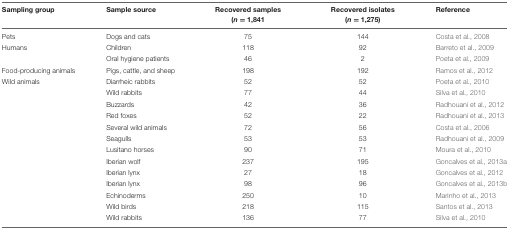
<table><thead><tr><td><b>Sampling group</b></td><td><b>Sample source</b></td><td><b>Recovered samples (<i>n</i> = 1,841</b></td><td><b>Recovered isolates (<i>n</i> = 1,275)</b></td><td><b>Reference</b></td></tr></thead><tbody><tr><td>Pets</td><td>Dogs and cats</td><td>75</td><td>144</td><td>Costa et al., 2008</td></tr><tr><td>Humans</td><td>Children</td><td>118</td><td>92</td><td>Barreto et al., 2009</td></tr><tr><td></td><td>Oral hygiene patients</td><td>46</td><td>2</td><td>Poeta et al., 2009</td></tr><tr><td>Food-producing animals</td><td>Pigs, cattle, and sheep</td><td>198</td><td>192</td><td>Ramos et al., 2012</td></tr><tr><td>Wild animals</td><td>Diarrheic rabbits</td><td>52</td><td>52</td><td>Poeta et al., 2010</td></tr><tr><td></td><td>Wild rabbits</td><td>77</td><td>44</td><td>Silva et al., 2010</td></tr><tr><td></td><td>Buzzards</td><td>42</td><td>36</td><td>Radhouani et al., 2012</td></tr><tr><td></td><td>Red foxes</td><td>52</td><td>22</td><td>Radhouani et al., 2013</td></tr><tr><td></td><td>Several wild animals</td><td>72</td><td>56</td><td>Costa et al., 2006</td></tr><tr><td></td><td>Seagulls</td><td>53</td><td>53</td><td>Radhouani et al., 2009</td></tr><tr><td></td><td>Lusitano horses</td><td>90</td><td>71</td><td>Moura et al., 2010</td></tr><tr><td></td><td>Iberian wolf</td><td>237</td><td>195</td><td>Goncalves et al., 2013a</td></tr><tr><td></td><td>Iberian lynx</td><td>27</td><td>18</td><td>Goncalves et al., 2012</td></tr><tr><td></td><td>Iberian lynx</td><td>98</td><td>96</td><td>Goncalves et al., 2013b</td></tr><tr><td></td><td>Echinoderms</td><td>250</td><td>10</td><td>Marinho et al., 2013</td></tr><tr><td></td><td>Wild birds</td><td>218</td><td>115</td><td>Santos et al., 2013</td></tr><tr><td></td><td>Wild rabbits</td><td>136</td><td>77</td><td>Silva et al., 2010</td></tr></tbody></table>